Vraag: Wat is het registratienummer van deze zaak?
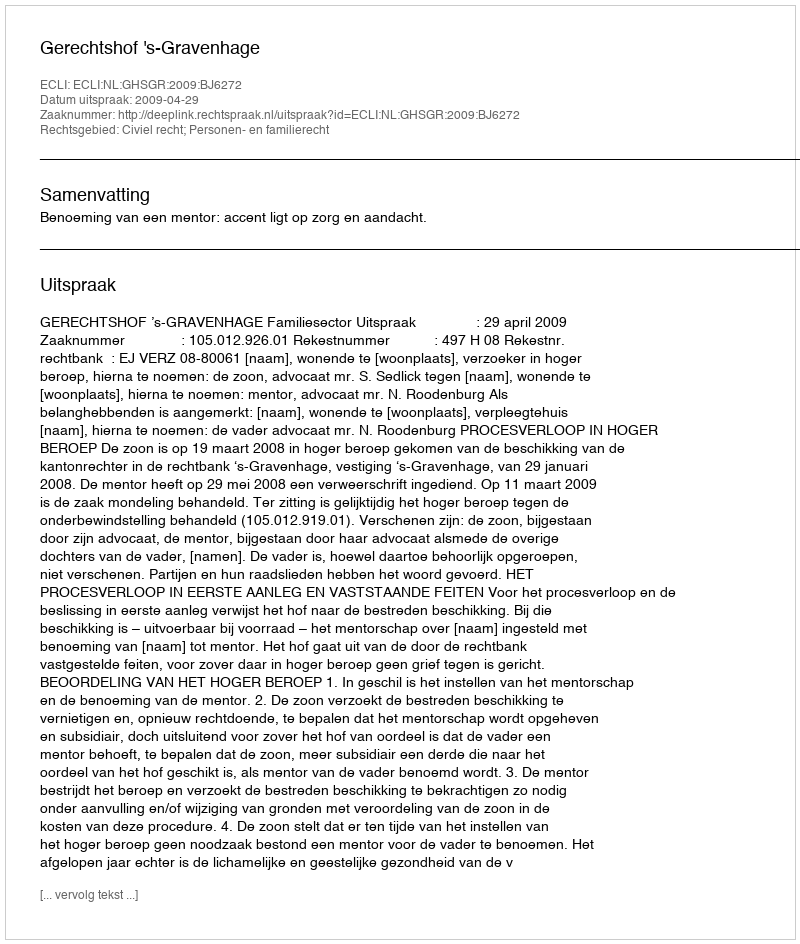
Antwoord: http://deeplink.rechtspraak.nl/uitspraak?id=ECLI:NL:GHSGR:2009:BJ6272